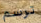
ترسم